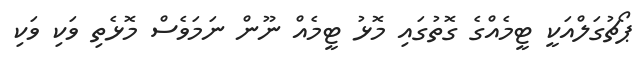
ޕޯޗުގަލްއަކީ ޓީމެއްގެ ގޮތުގައި މޮޅު ޓީމެއް ނޫން ނަމަވެސް މޮޅެތި ވަކި ވަކި